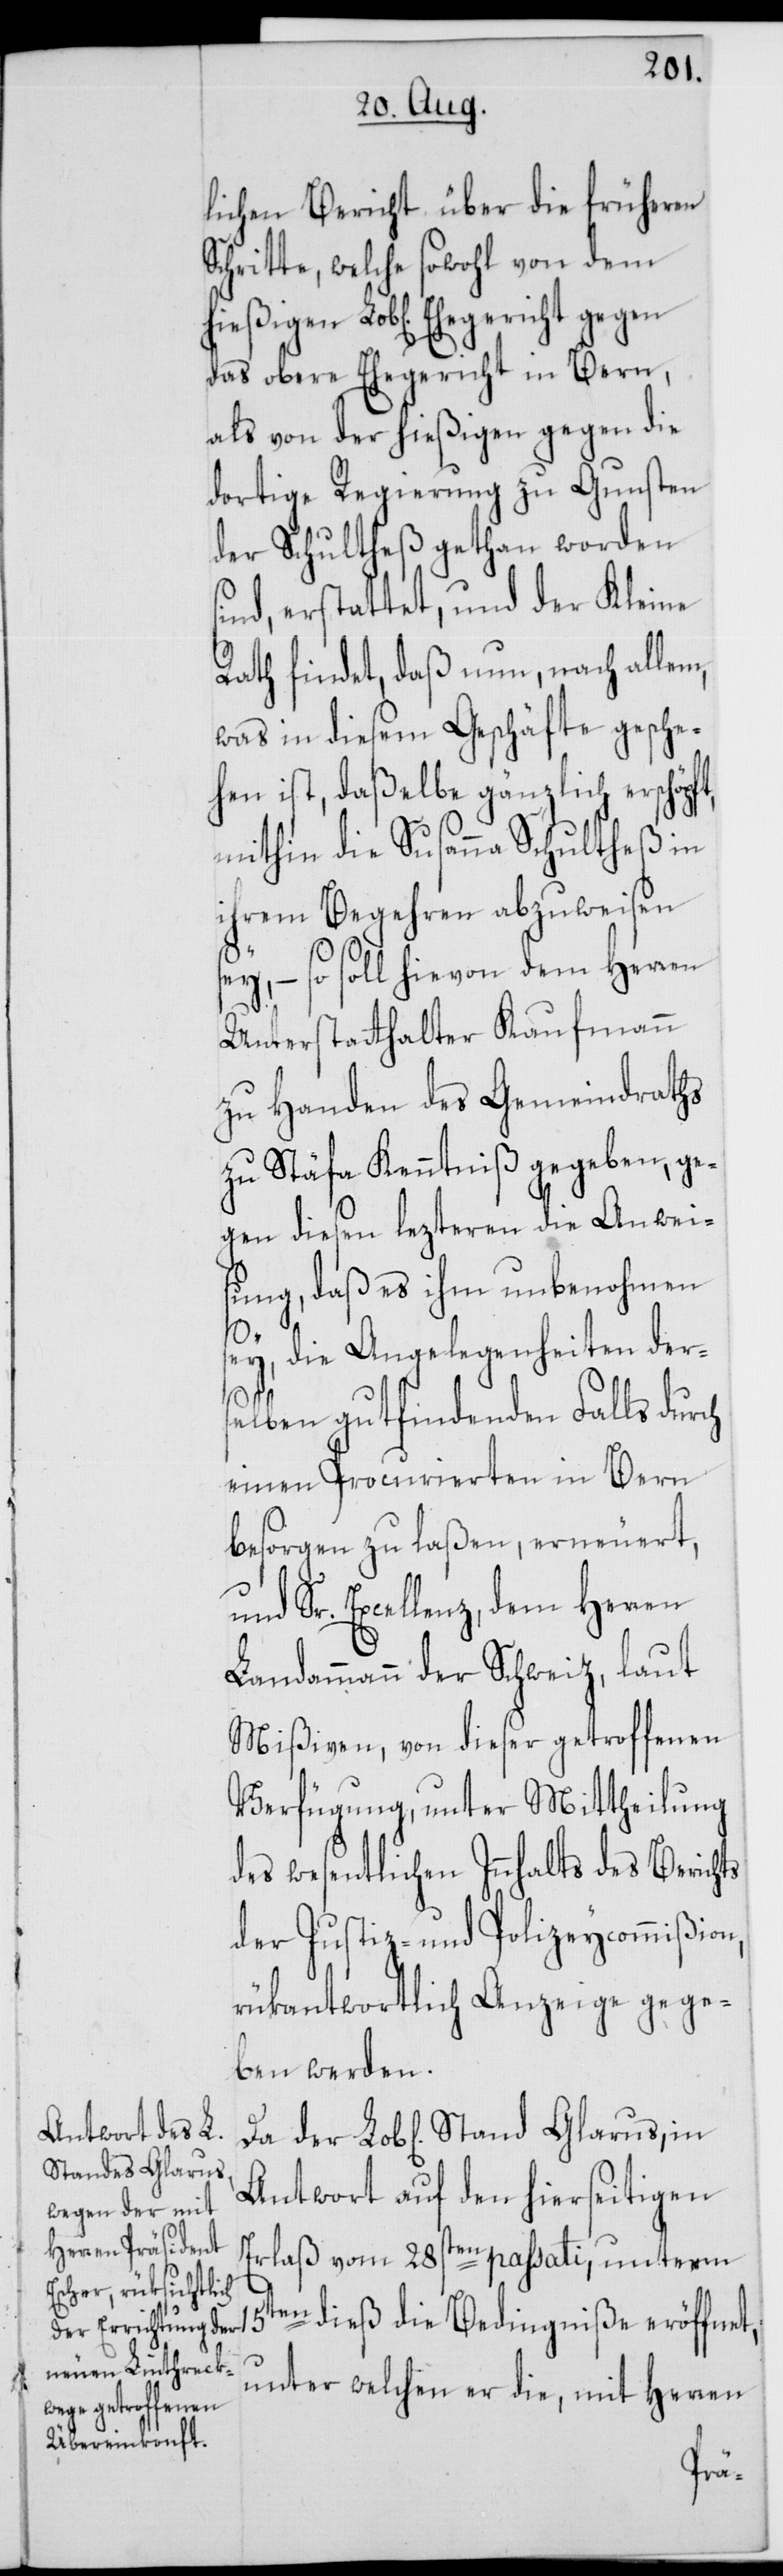
Stand Glarus,

t,
lichen Bericht über die früheren
Schritte, welche sowohl von dem
das obere Ehegericht in Bern,
als von der hießigen gegen die
dortige Regierung zu Gunsten
der Schultheß getan worden s¬
ind, erstattet, und der Kleine
Rath findet, daß nun, nach allem,
was in diesem Geschäfte gesche¬
hen ist, daßelbe gänzlich erschöpf¬
mithin die Susanna Schultheß in
ihrem Begehren abzuweisen
sey, – so soll hievon dem Herren
Unterstatthalter Kaufmann
zu Handen des Gemeindraths
zu Stäfa Kenntniß gegeben, ge¬
gen diesen lezteren die Anwei¬
sung, daß es ihm unbenohmen
sey, die Angelegenheiten der¬
selben gutfindenden Falls durch
einen Procurierten in Bern
besorgen zu laßen, erneuert,
Sr. Excellenz, dem Herren
Landammann der Schweiz, laut
Mißiven, von dieser getroffenen
Verfügung, unter Mittheilung
des wesentlichen Innhalts des
der Justiz- und Polizeycommißion,
rükantwortlich Anzeige gege¬
ben werden.
Antwort auf den hierseitigen
Erlaß vom 28sten passati, unterm
15ten dieß die Bedingniße eröffnet,
unter welchen er die, mit Herren